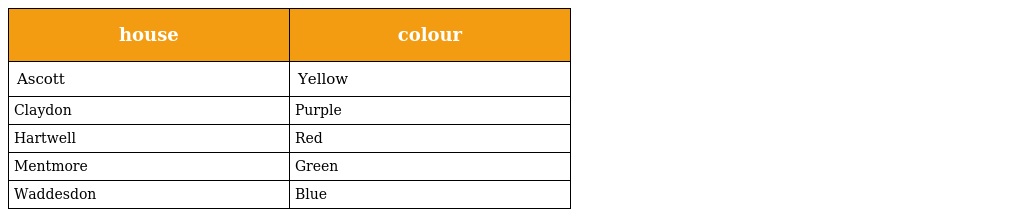
| house | colour |
 | --- | --- |
 | Ascott | Yellow |
 | Claydon | Purple |
 | Hartwell | Red |
 | Mentmore | Green |
 | Waddesdon | Blue |